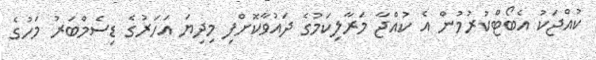
ކުއްޖަކު އެބޯޓްކުރުމުން އެ ކުއްޖާ މަރާލިކަމުގެ ދައުވާކޮށްފި މިދިޔަ އަހަރުގެ ޑިސެމްބަރު މަހުގެ